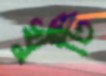
খুঁটি